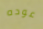
عوده